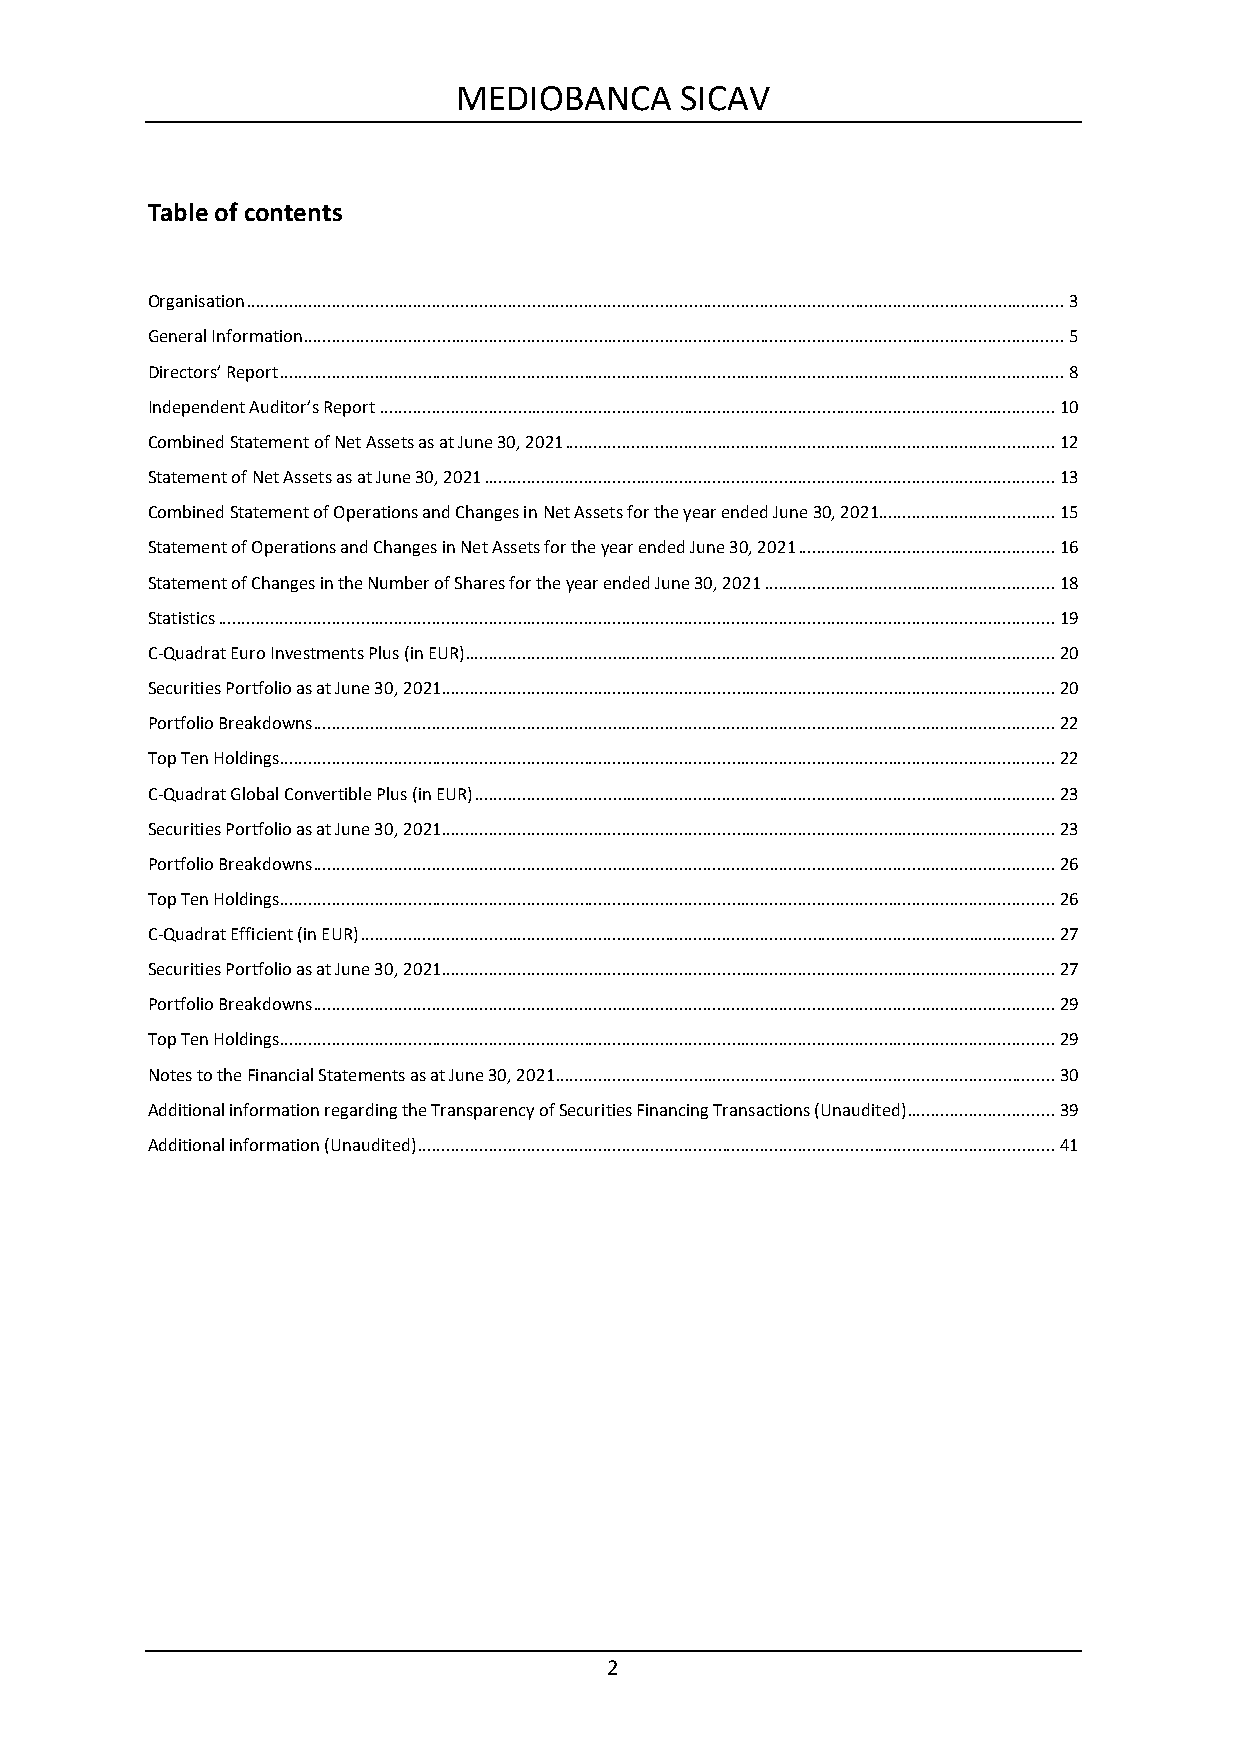
MEDIOBANCA     SICAV
 Table of contents
 Organisation ............................................................................................................................................................................ 3
 General Information ................................................................................................................................................................ 5
 Directors’ Report ..................................................................................................................................................................... 8
 Independent Auditor’s Report .............................................................................................................................................. 10
 Combined Statement of Net Assets as at June 30, 2021 ....................................................................................................... 12
 Statement of Net Assets as at June 30, 2021 ........................................................................................................................ 13
 Combined Statement of Operations and Changes in Net Assets for the year ended June 30, 2021..................................... 15
 Statement of Operations and Changes in Net Assets for the year ended June 30, 2021 ...................................................... 16
 Statement of Changes in the Number of Shares for the year ended June 30, 2021 ............................................................. 18
 Statistics ................................................................................................................................................................................ 19
 C-Quadrat Euro Investments Plus (in EUR) ............................................................................................................................ 20
 Securities Portfolio as at June 30, 2021 ................................................................................................................................. 20
 Portfolio Breakdowns ............................................................................................................................................................ 22
 Top Ten Holdings ................................................................................................................................................................... 22
 C-Quadrat Global Convertible Plus (in EUR) .......................................................................................................................... 23
 Securities Portfolio as at June 30, 2021 ................................................................................................................................. 23
 Portfolio Breakdowns ............................................................................................................................................................ 26
 Top Ten Holdings ................................................................................................................................................................... 26
 C-Quadrat Efficient (in EUR) .................................................................................................................................................. 27
 Securities Portfolio as at June 30, 2021 ................................................................................................................................. 27
 Portfolio Breakdowns ............................................................................................................................................................ 29
 Top Ten Holdings ................................................................................................................................................................... 29
 Notes to the Financial Statements as at June 30, 2021 ......................................................................................................... 30
 Additional information regarding the Transparency of Securities Financing Transactions (Unaudited) ............................... 39
 Additional information (Unaudited) ...................................................................................................................................... 41
 2